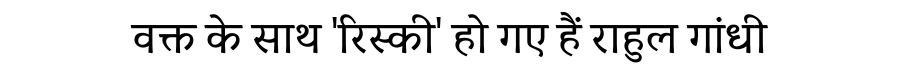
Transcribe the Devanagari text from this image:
वक्त के साथ 'रिस्की' हो गए हैं राहुल गांधी